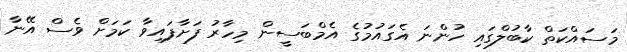
މަސައްކަތް ކާބުލްގައި ހުންނަ އެގައުމުގެ އެމްބަސީން މިހާރު ފަށާފައިވާ ކަމަށް ވެސް އޭނާ